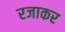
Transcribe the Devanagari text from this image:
रजाकर